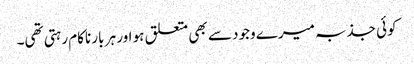
کوئی جذبہ میرے وجود سے بھی متعلق ہو اور ہر بار ناکام رہتی تھی۔